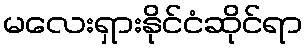
မလေးရှားနိုင်ငံဆိုင်ရာ